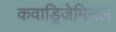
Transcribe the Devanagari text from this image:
कवाड्रिजेमिनल